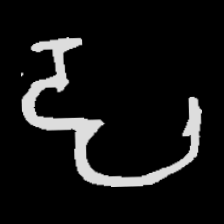
Pyu character \u2014 Myanmar letter: ဠ (romanized: lla)